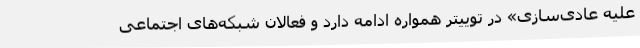
علیه عادی‌سازی» در توییتر همواره ادامه دارد و فعالان شبکه‌های اجتماعی